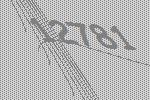
12781